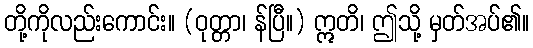
တို့ကိုလည်းကောင်း။ (ဝုတ္တာ၊ န်ပြီ။) ဣတိ၊ ဤသို့ မှတ်အပ်၏။